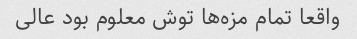
واقعا تمام مزه‌ها توش معلوم بود عالی